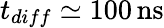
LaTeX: t_{diff}\simeq 100\, \mathrm{ns}